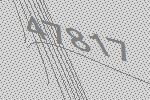
47817